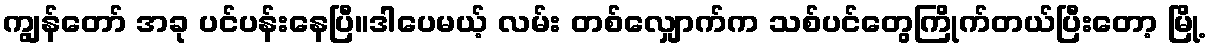
ကျွန်တော် အခု ပင်ပန်းနေပြီ။ဒါပေမယ့် လမ်း တစ်လျှောက်က သစ်ပင်တွေကြိုက်တယ်ပြီးတော့ မြို့